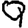
Digit: 9